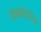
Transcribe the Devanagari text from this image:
सिंबॉलिस्टिक